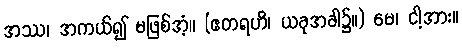
အဿ၊ အကယ်၍ မဖြစ်အံ့။ (ဧတရဟိ၊ ယခုအခါ၌။) မေ၊ ငါ့အား။